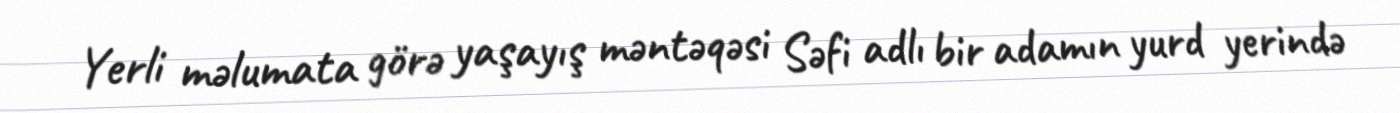
Yerli məlumata görə yaşayış məntəqəsi Səfi adlı bir adamın yurd yerində